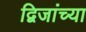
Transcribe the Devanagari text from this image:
द्विजांच्या